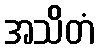
အသိတံ